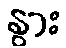
နွား